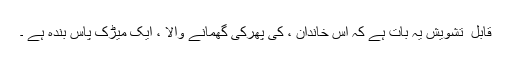
قابل ِ تشویش یہ بات ہے کہ اس خاندان ، کی پھرکی گھمانے والا ، ایک میڑک پاس بندہ ہے ۔